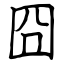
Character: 囧